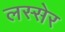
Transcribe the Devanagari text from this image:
लस्सेर